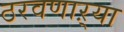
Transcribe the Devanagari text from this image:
ठरवणाऱ्या